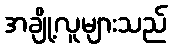
အချို့လူများသည်